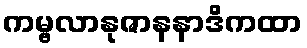
ကမ္ဗလာနုဇာနနာဒိကထာ